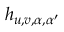
h _ { u , v , \alpha , \alpha ^ { \prime } }